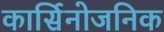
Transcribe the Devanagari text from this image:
कार्सिनोजनिक